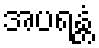
အပရန္တံ